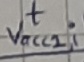
Text: t Vacc2,i